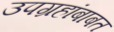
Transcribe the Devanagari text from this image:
उपग्रहांबाबत